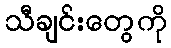
သီချင်းတွေကို